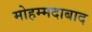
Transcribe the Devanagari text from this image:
मोहम्‍मदाबाद